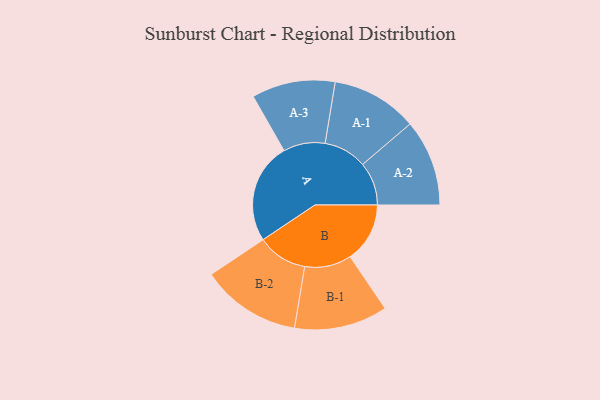
{"axis": {"x": "Segment", "y": "Value"}, "legend": ["", "A", "B"], "data": [{"x": "A", "y": 386, "type": ""}, {"x": "B", "y": 229, "type": ""}, {"x": "A-1", "y": 165, "type": "A"}, {"x": "A-2", "y": 166, "type": "A"}, {"x": "A-3", "y": 160, "type": "A"}, {"x": "B-1", "y": 179, "type": "B"}, {"x": "B-2", "y": 192, "type": "B"}]}